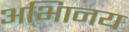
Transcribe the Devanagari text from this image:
अभािनय